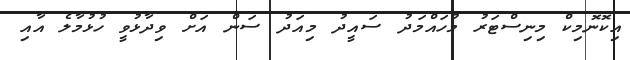
އިކޮނޮމިކް މިނިސްޓަރު މުހައްމަދު ސައީދު މިއަދު ސަން އަށް ވިދާޅުވީ ހުޅުމާލެ އާއި